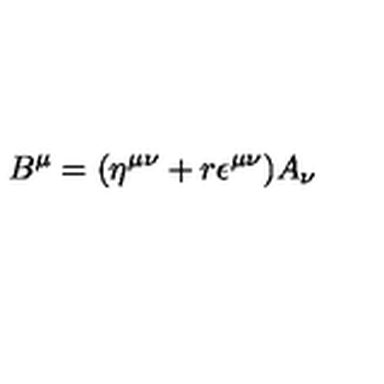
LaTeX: B ^ { \mu } = ( \eta ^ { \mu \nu } + r \epsilon ^ { \mu \nu } ) A _ { \nu }